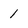
Character: 1